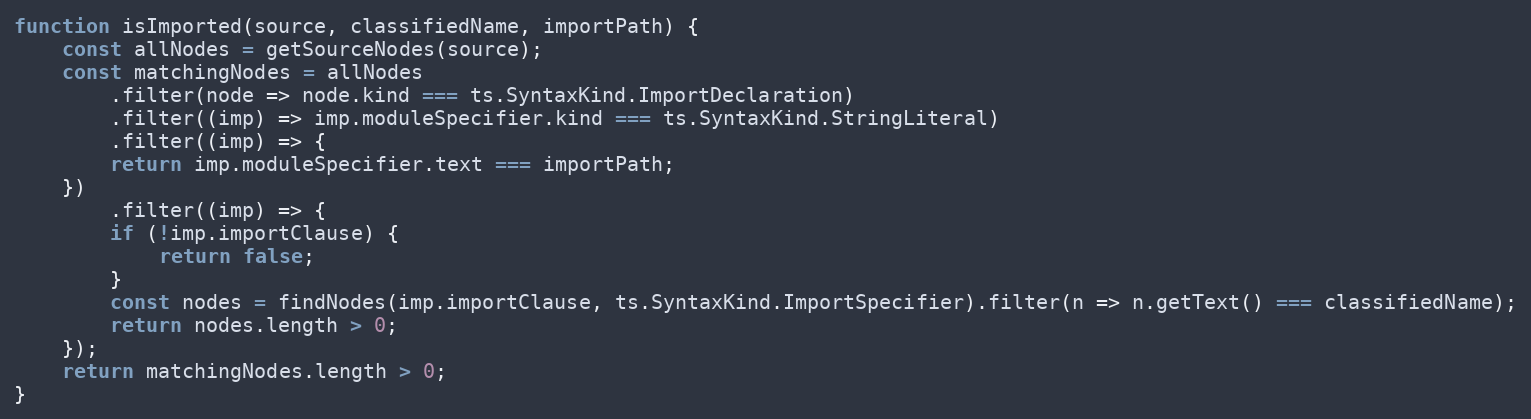
Language: JavaScript
function isImported(source, classifiedName, importPath) {
    const allNodes = getSourceNodes(source);
    const matchingNodes = allNodes
        .filter(node => node.kind === ts.SyntaxKind.ImportDeclaration)
        .filter((imp) => imp.moduleSpecifier.kind === ts.SyntaxKind.StringLiteral)
        .filter((imp) => {
        return imp.moduleSpecifier.text === importPath;
    })
        .filter((imp) => {
        if (!imp.importClause) {
            return false;
        }
        const nodes = findNodes(imp.importClause, ts.SyntaxKind.ImportSpecifier).filter(n => n.getText() === classifiedName);
        return nodes.length > 0;
    });
    return matchingNodes.length > 0;
}